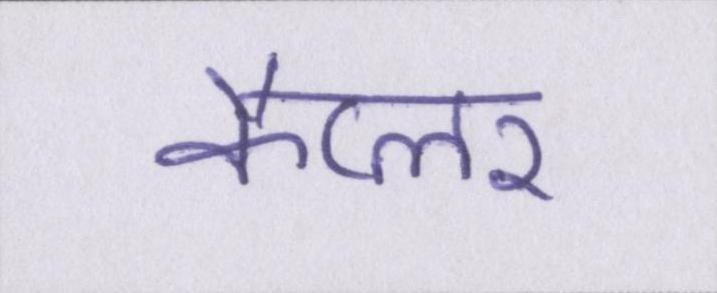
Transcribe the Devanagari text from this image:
कैप्लर